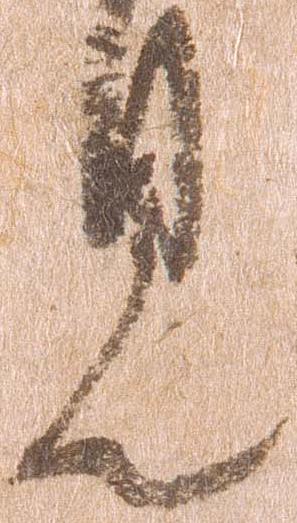
見